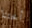
أختنا